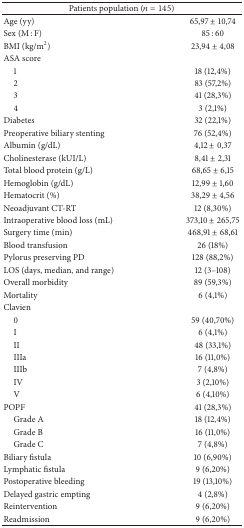
| <COLSPAN=2> Patients population (n = 145) |
 | --- | --- |
 | Age (yy) | 65,97 ± 10,74 |
 | Sex (M : F) | 85 : 60 |
 | BMI (kg/m2) | 23,94 ± 4,08 |
 | ASA score |  |
 | 1 | 18 (12,4%) |
 | 2 | 83 (57,2%) |
 | 3 | 41 (28,3%) |
 | 4 | 3 (2,1%) |
 | Diabetes | 32 (22,1%) |
 | Preoperative biliary stenting | 76 (52,4%) |
 | Albumin (g/dL) | 4,12 ± 0,37 |
 | Cholinesterase (kUI/L) | 8,41 ± 2,31 |
 | Total blood protein (g/L) | 68,65 ± 6,15 |
 | Hemoglobin (g/dL) | 12,99 ± 1,60 |
 | Hematocrit (%) | 38,29 ± 4,56 |
 | Neoadjuvant CT-RT | 12 (8,30%) |
 | Intraoperative blood loss (mL) | 373,10 ± 265,75 |
 | Surgery time (min) | 468,91 ± 68,61 |
 | Blood transfusion | 26 (18%) |
 | Pylorus preserving PD | 128 (88,2%) |
 | LOS (days, median, and range) | 12 (3–108) |
 | Overall morbidity | 89 (59,3%) |
 | Mortality | 6 (4,1%) |
 | Clavien |  |
 | 0 | 59 (40,70%) |
 | I | 6 (4,1%) |
 | II | 48 (33,1%) |
 | IIIa | 16 (11,0%) |
 | IIIb | 7 (4,8%) |
 | IV | 3 (2,10%) |
 | V | 6 (4,10%) |
 | POPF | 41 (28,3%) |
 | Grade A | 18 (12,4%) |
 | Grade B | 16 (11,0%) |
 | Grade C | 7 (4,8%) |
 | Biliary fistula | 10 (6,90%) |
 | Lymphatic fistula | 9 (6,20%) |
 | Postoperative bleeding | 19 (13,10%) |
 | Delayed gastric empting | 4 (2,8%) |
 | Reintervention | 9 (6,20%) |
 | Readmission | 9 (6,20%) |